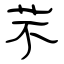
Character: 芣